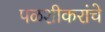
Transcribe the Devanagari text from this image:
पळशीकरांचे